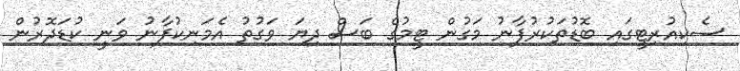
ސެކިއުރިޓީގައި ބޮޑުތަކުރުފާނު މަގުން ޓީމުގެ ބަސް ދިޔަ ވަގުތު އެމަނިކުފާނު ވަނީ ކުޑަދޮރުން